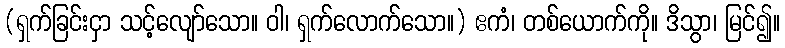
(ရှက်ခြင်းငှာ သင့်လျော်သော။ ဝါ၊ ရှက်လောက်သော။) ဧကံ၊ တစ်ယောက်ကို။ ဒိသွာ၊ မြင်၍။